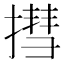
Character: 㨹